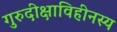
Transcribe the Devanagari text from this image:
गुरुदीक्षाविहीनस्य